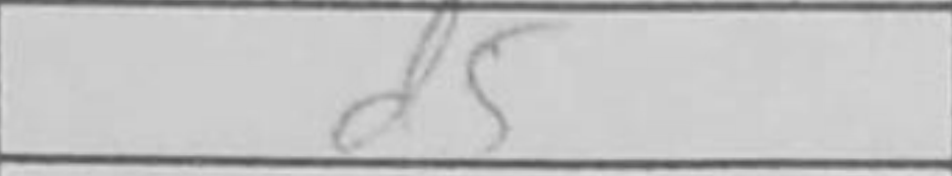
Transcription: d5